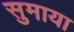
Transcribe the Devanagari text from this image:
सुमाया